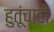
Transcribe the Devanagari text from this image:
हुतूंचाही